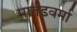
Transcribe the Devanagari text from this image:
मार्तंडवर्मा